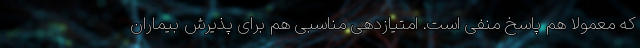
که معمولا هم پاسخ منفی است. امتیازدهی مناسبی هم برای پذیرش بیماران